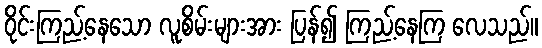
ဝိုင်းကြည့်နေသော လူစိမ်းများအား ပြန်၍ ကြည့်နေကြ လေသည်။